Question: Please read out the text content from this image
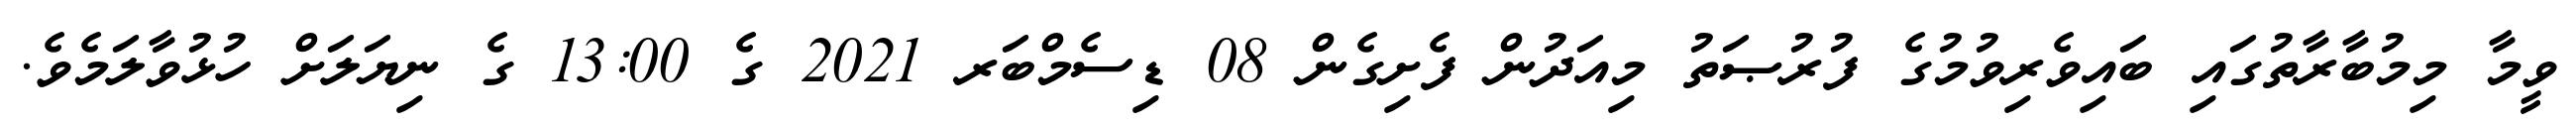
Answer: ވީމާ މިމުބާރާތުގައި ބައިވެރިވުމުގެ ފުރުޞަތު މިއަދުން ފެށިގެން 08 ޑިސެމްބަރ 2021 ގެ 13:00 ގެ ނިޔަލަށް ހުޅުވާލަމެވެ.